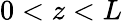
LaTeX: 0<z<L